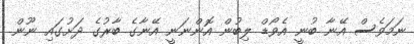
ނަމަވެސް އޭނާ ބުނީ އެވޯޑް ލިބުން އޮންނަނީ އޭނާގެ ބާރުގެ ދަށުގައި ނޫން